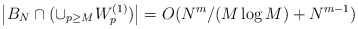
\begin{align*}\left|B_{N}\cap(\cup_{p\geq M}W_p^{(1)})\right|=O(N^m/(M\log M) + N^{m-1})\end{align*}